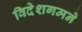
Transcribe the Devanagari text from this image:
विदेशगमने